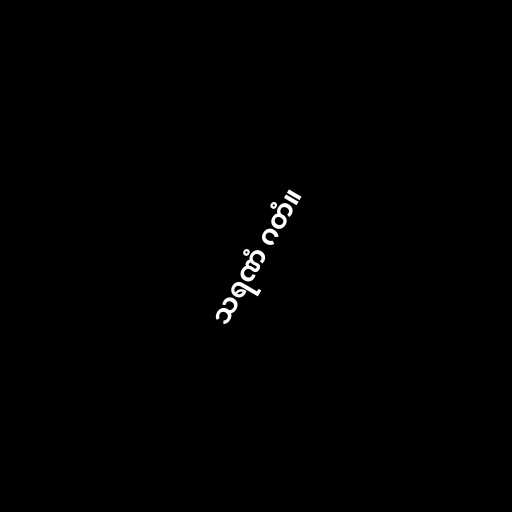
သရဏံ ဂတံ။